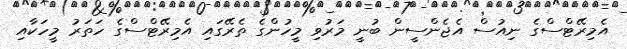
އެމިރޭޓްސްގެ ނިއުސް އެޖެންސީން ބުނީ މަރުވި މީހުންގެ ތެރޭގައި އެމިރޭޓްސްގެ ހަތަރު މީހަކާއި